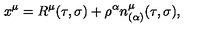
x ^ { \mu } = R ^ { \mu } ( \tau , \sigma ) + \rho ^ { \alpha } n _ { ( \alpha ) } ^ { \mu } ( \tau , \sigma ) ,